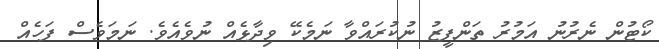
ކޯޓުން ނެރުނު އަމުރު ތަންފީޒު ނުކުރައްވާ ނަމެކޭ ވިދާޅެއް ނުވެއެވެ. ނަމަވެސް ފަހެއް